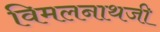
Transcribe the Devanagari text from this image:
विमलनाथजी